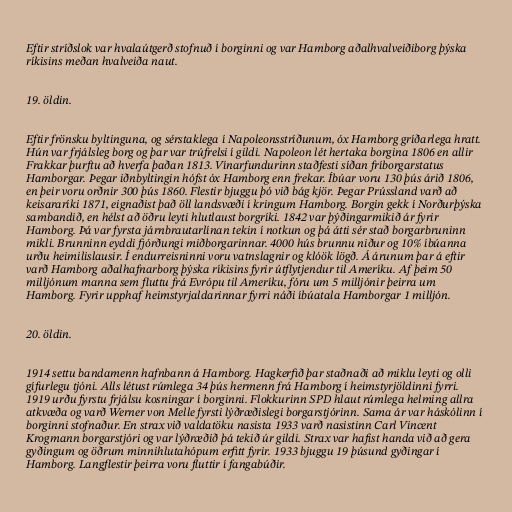
Eftir stríðslok var hvalaútgerð stofnuð í borginni og var Hamborg aðalhvalveiðiborg þýska
ríkisins meðan hvalveiða naut.

19. öldin.

Eftir frönsku byltinguna, og sérstaklega í Napoleonsstríðunum, óx Hamborg gríðarlega hratt.
Hún var frjálsleg borg og þar var trúfrelsi í gildi. Napoleon lét hertaka borgina 1806 en allir
Frakkar þurftu að hverfa þaðan 1813. Vínarfundurinn staðfesti síðan fríborgarstatus
Hamborgar. Þegar iðnbyltingin hófst óx Hamborg enn frekar. Íbúar voru 130 þús árið 1806,
en þeir voru orðnir 300 þús 1860. Flestir bjuggu þó við bág kjör. Þegar Prússland varð að
keisararíki 1871, eignaðist það öll landsvæði í kringum Hamborg. Borgin gekk í Norðurþýska
sambandið, en hélst að öðru leyti hlutlaust borgríki. 1842 var þýðingarmikið ár fyrir
Hamborg. Þá var fyrsta járnbrautarlínan tekin í notkun og þá átti sér stað borgarbruninn
mikli. Brunninn eyddi fjórðungi miðborgarinnar. 4000 hús brunnu niður og 10% íbúanna
urðu heimilislausir. Í endurreisninni voru vatnslagnir og klóök lögð. Á árunum þar á eftir
varð Hamborg aðalhafnarborg þýska ríkisins fyrir útflytjendur til Ameríku. Af þeim 50
milljónum manna sem fluttu frá Evrópu til Ameríku, fóru um 5 milljónir þeirra um
Hamborg. Fyrir upphaf heimstyrjaldarinnar fyrri náði íbúatala Hamborgar 1 milljón.

20. öldin.

1914 settu bandamenn hafnbann á Hamborg. Hagkerfið þar staðnaði að miklu leyti og olli
gífurlegu tjóni. Alls létust rúmlega 34 þús hermenn frá Hamborg í heimstyrjöldinni fyrri.
1919 urðu fyrstu frjálsu kosningar í borginni. Flokkurinn SPD hlaut rúmlega helming allra
atkvæða og varð Werner von Melle fyrsti lýðræðislegi borgarstjórinn. Sama ár var háskólinn í
borginni stofnaður. En strax við valdatöku nasista 1933 varð nasistinn Carl Vincent
Krogmann borgarstjóri og var lýðræðið þá tekið úr gildi. Strax var hafist handa við að gera
gyðingum og öðrum minnihlutahópum erfitt fyrir. 1933 bjuggu 19 þúsund gyðingar í
Hamborg. Langflestir þeirra voru fluttir í fangabúðir.